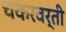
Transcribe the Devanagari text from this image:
चकरवर्ती